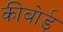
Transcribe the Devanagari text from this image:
कीबोर्ड़